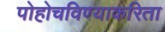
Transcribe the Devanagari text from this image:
पोहोचविण्याकरिता